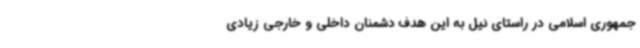
جمهوری اسلامی در راستای نیل به این هدف دشمنان داخلی و خارجی زیادی